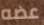
عضه